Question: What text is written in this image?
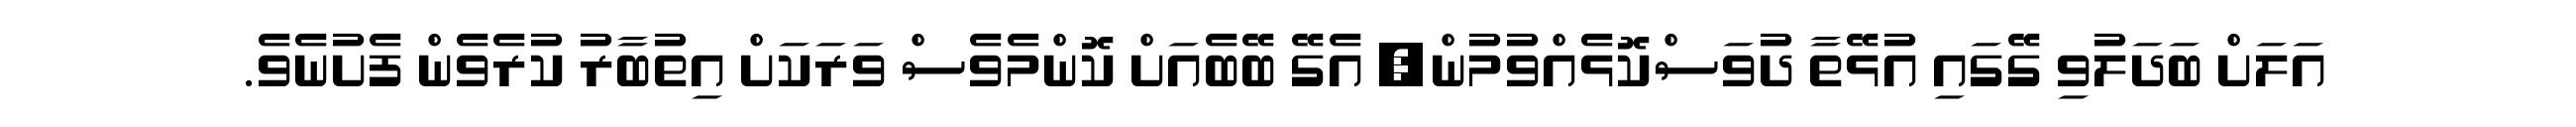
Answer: އަލަށް ބަދަލުވި ގޭގައި އުޅޭތާ ދުވަސްކޮޅެއްވުމުން, އެގޭ ބޭބެއަށް ކޮންމެވެސް ވަރަކަށް އިތުބާރު ކުރެވެން ފެށުނެވެ.